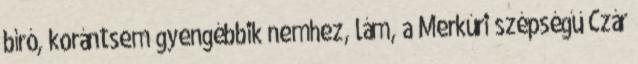
bíró, korántsem gyengébbik nemhez, lám, a Merkúri szépségű Czár